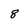
Character: 8